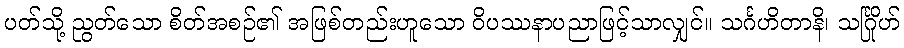
ပတ်သို့ ညွတ်သော စိတ်အစဉ်၏ အဖြစ်တည်းဟူသော ဝိပဿနာပညာဖြင့်သာလျှင်။ သင်္ဂဟိတာနိ၊ သင်္ဂြိုဟ်